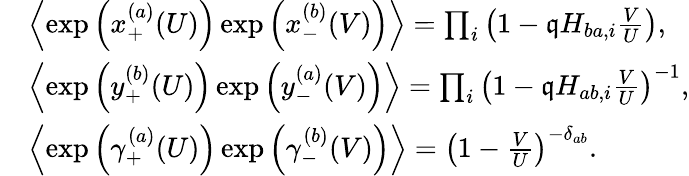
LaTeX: \begin{array}{rl}&{\left\langle\exp\left(x_{+}^{(a)}(U)\right)\exp\left(x_{-}^{(b)}(V)\right)\right\rangle=\prod_{i}\left(1-\mathfrak{q}H_{ba,i}\frac{V}{U}\right),}\\ &{\left\langle\exp\left(y_{+}^{(b)}(U)\right)\exp\left(y_{-}^{(a)}(V)\right)\right\rangle=\prod_{i}\left(1-\mathfrak{q}H_{ab,i}\frac{V}{U}\right)^{-1},}\\ &{\left\langle\exp\left(\gamma_{+}^{(a)}(U)\right)\exp\left(\gamma_{-}^{(b)}(V)\right)\right\rangle=\left(1-\frac{V}{U}\right)^{-\delta_{ab}}.}\end{array}